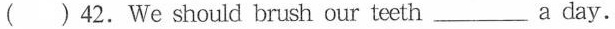
()42.We should brush our teeth___ a day.